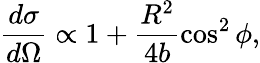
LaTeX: \frac{d\sigma}{d\Omega}\propto 1+\frac{R^{2}}{4b}\cos^{2}\phi,